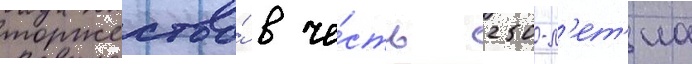
торжества́ в че́сть 250-л'ет'иа